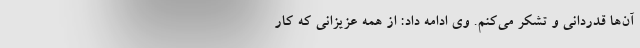
آن‌ها قدردانی و تشکر می‌کنم. وی ادامه داد: از همه عزیزانی که کار